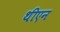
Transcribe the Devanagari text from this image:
थीएन